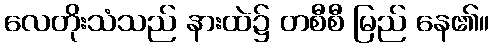
လေတိုးသံသည် နားထဲ၌ တစီစီ မြည် နေ၏။